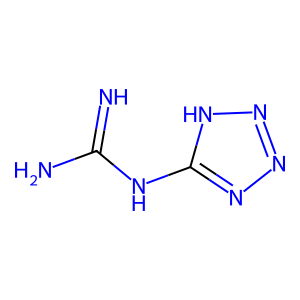
SMILES: N=C(N)Nc1nnn[nH]1
Inhibits HIV replication: No